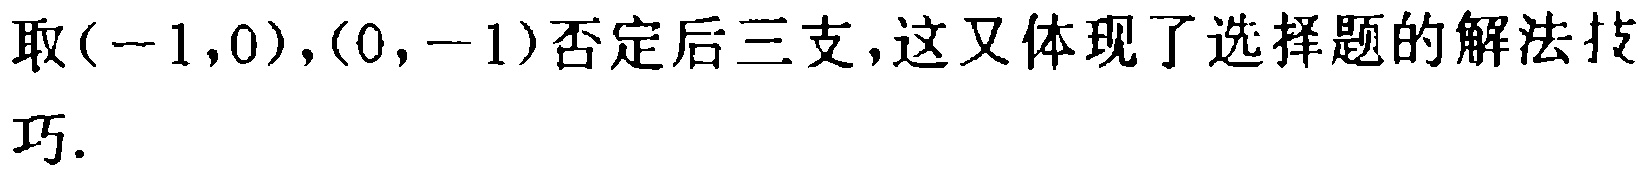
取$(-1,0),(0,-1)$否定后三支,这又体现了选择题的解法技巧.